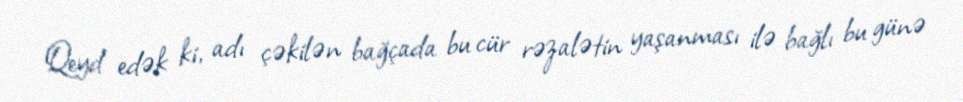
Qeyd edək ki, adı çəkilən bağçada bu cür rəzalətin yaşanması ilə bağlı bu günə